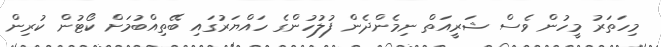
މިހަތަރު މީހުން ވެސް ޝަރީއަތް ނިމެންދެން ފުލުހުންގެ ހައްޔަރުގައި ބޭތިއްބުމަށް ކޯޓުން ކުރިން